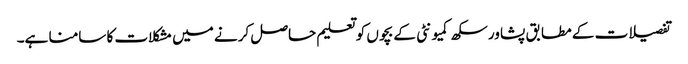
تفصیلات کے مطابق پشاور سکھ کمیونٹی کے بچوں کو تعلیم حاصل کرنے میں مشکلات کا سامنا ہے۔